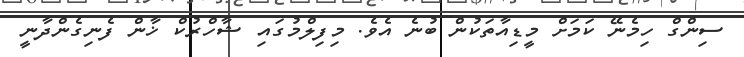
ސިންގް ހިމެނޭ ކަމަށް މީޑިއާތަކުން ބުނެ އެވެ. މިފިލްމުގައި ޝާހްރުކް ޚާން ފެނިގެންދާނީ